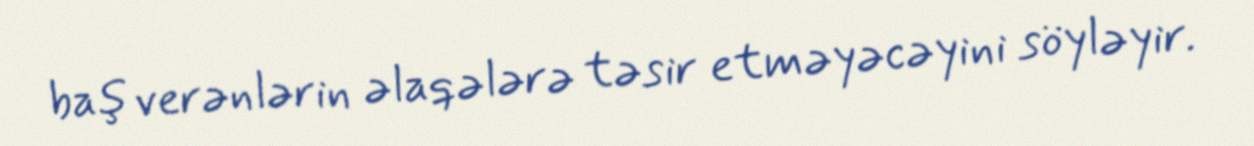
baş verənlərin əlaqələrə təsir etməyəcəyini söyləyir.